Document type: Grant
Year: 1445
Scribe: Antoni Gomar
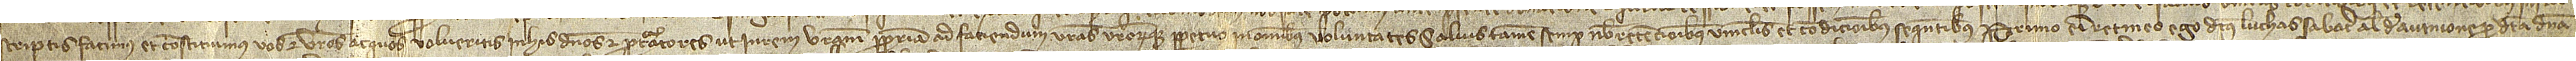
scriptis, facimus et constituimus vos et vestros ac quos volueritis in his dominos et procuratores ut in rem vestram propriam ad faciendum vestras vestrorumque perpetuo in omnibus voluntates, salvis tamen semper nobis retencionibus, vinculis et condicionibus sequentibus. Primo, enim retineo ego dictus Luchas Sabater, alias de Avinione, pro dicta domina